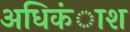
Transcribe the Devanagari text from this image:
अधिकंाश